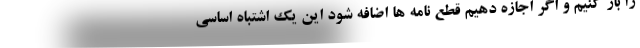
را باز کنیم و اگر اجازه دهیم قطع نامه ها اضافه شود این یک اشتباه اساسی